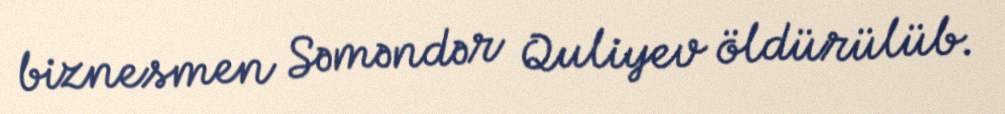
biznesmen Səməndər Quliyev öldürülüb.